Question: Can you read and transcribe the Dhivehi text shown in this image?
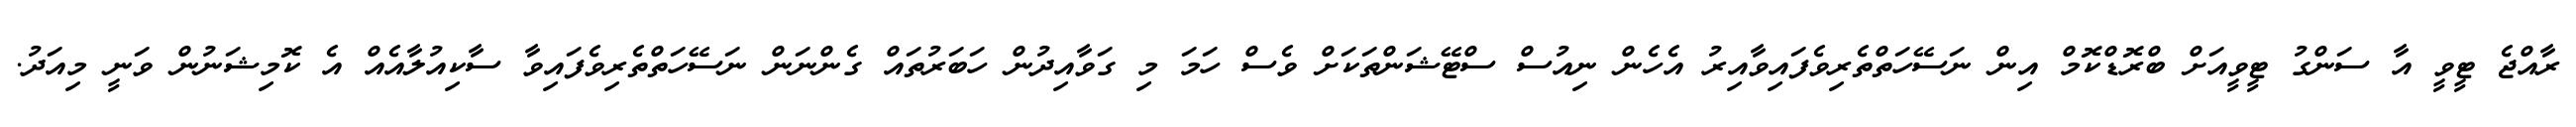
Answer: ރާއްޖެ ޓީވީ އާ ސަންގު ޓީވީއަށް ބްރޮޑްކޮމް އިން ނަސޭހަތްތެރިވެފައިވާއިރު އެހެން ނިއުސް ސްޓޭޝަންތަކަށް ވެސް ހަމަ މި ގަވާއިދުން ހަބަރުތައް ގެންނަން ނަސޭހަތްތެރިވެފައިވާ ސާކިއުލާއެއް އެ ކޮމިޝަނުން ވަނީ މިއަދު.